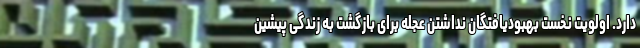
دارد. اولویت نخست بهبودیافتگان نداشتن عجله برای بازگشت به زندگی پیشین